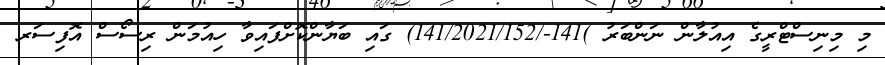
މި މިނިސްޓްރީގެ އިއުލާން ނަންބަރު )141-/141/2021/152) ގައި ބަޔާންކޮށްފައިވާ ހިއުމަން ރިސޯސް އޮފިސަރ